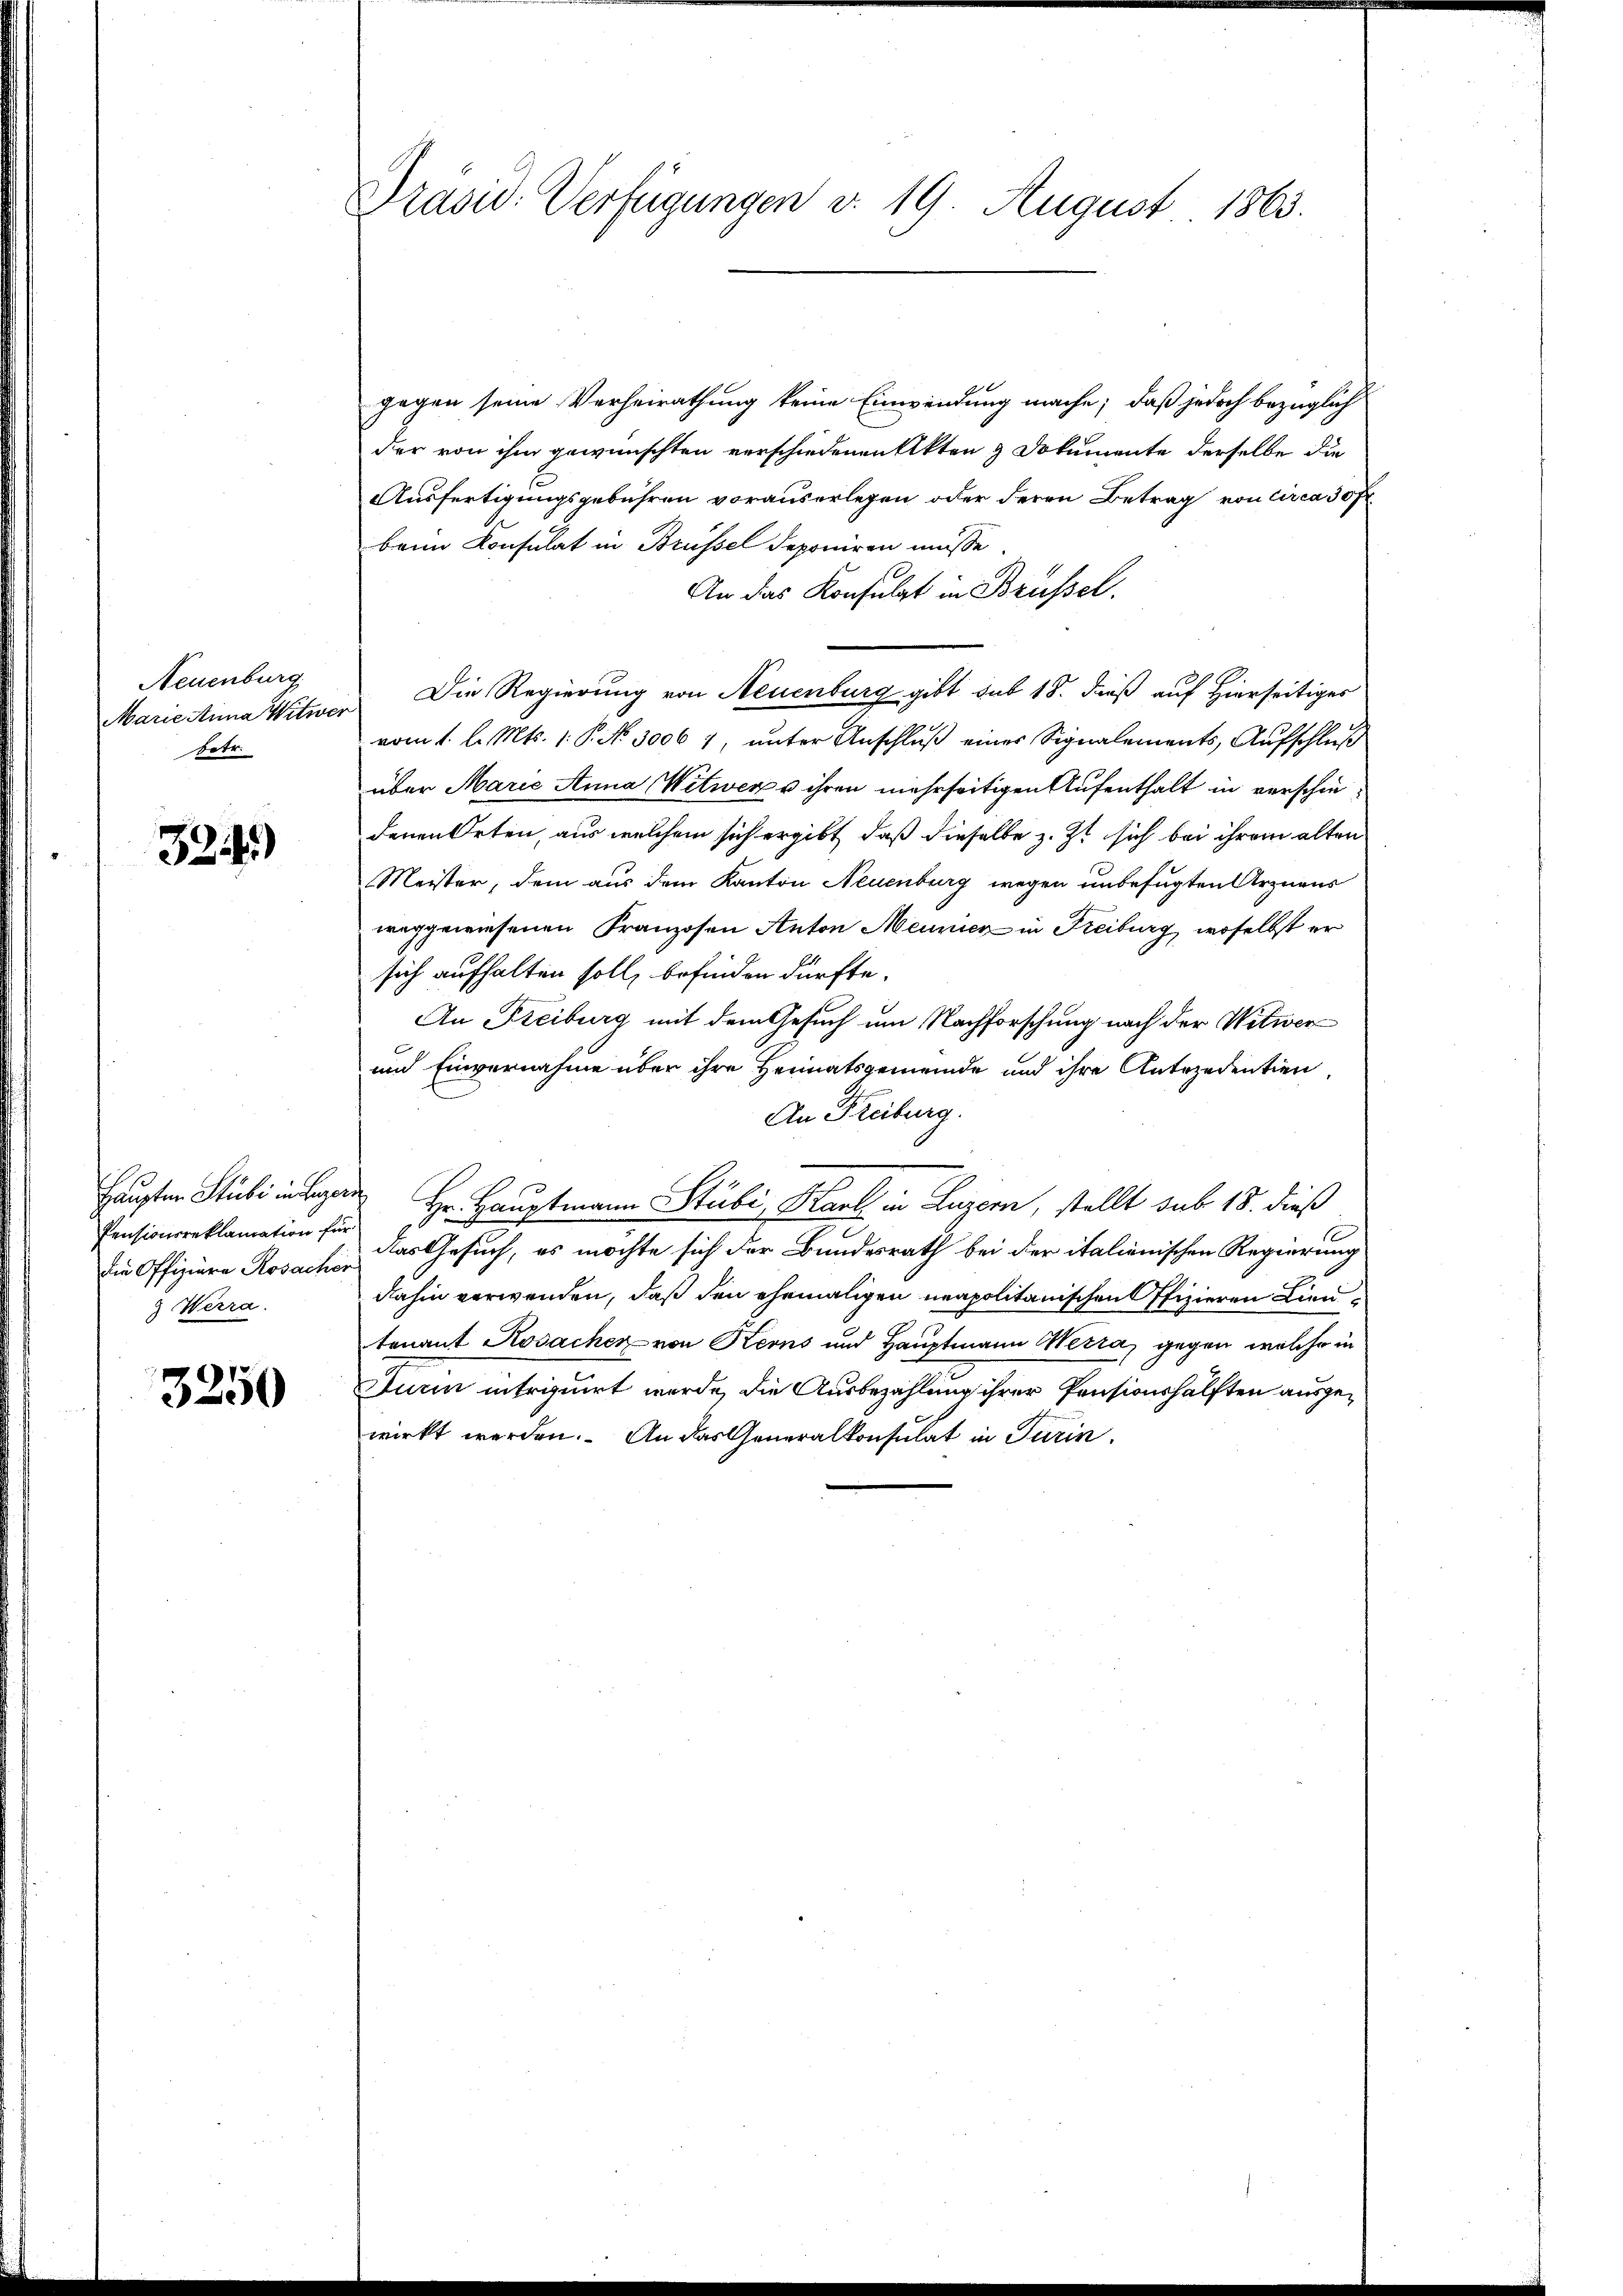
Neuenburg.
Marie Anna Witwer
betr.

324)

Pensionsreklamation für
die Offiziare Kosacher
g Werra

3250

Präsid. Verfügungen v. 19. August 1863.

gegen seine Verheirathung keine Einwendung mache; daß jedoch bezüglich
der von ihm gewünschten verschiedenen Akten & Dokumente derselbe die
Ausfertigungsgebühren vorauserlegen oder deren Betrag von circa 50 fr.
beim Konsulat in Brüssel deponiren müsse
An das Konsulat in Brüssel.
Die Regierung von Neuenburg gibt sub 18. dieß auf Hierseitiges
vom 1. l. Mts. 1. P. No 3006 7, unter Anschluß eines Signalements, Aufschluß
über Marie Anna Witwer u ihren mehrseitigen Aufenthalt in verschiedenen Orten, aus welchem sich ergibt, daß dieselbe z. Zt. sich bei ihrem alten
Meister, dem aus dem Kanton Neuenburg wegen unbefugten Arznens
weggewiesenen Franzosen Anton Meurien in Freiburg, woselbst er
sich aufhalten soll, befinden dürfte.
An Freiburg mit dem Gesuch um Nachforschung nach der Witwer
und Einvernahme über ihre Heimatsgemeinde und ihre Antezedentien,
An Freiburg.
Haupten Stube in der Hr. Hauptmann Stubi, Karl in Luzern, stellt sub 15. dieß
das Gesuch, es möchte sich der Bundesrath bei der italienischen Regierung
dahin verwenden, daß den ehemaligen neapolitanischen ffizieren Lieutenant Kosachen von Kerns und Hauptmann Wetra, gegen welche in
Turin intriguirt werde, die Ausbezahlung ihrer Pensionshälften ausgewirkt werden. An das Generalkonsulat in Turin